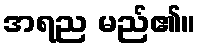
အရည မည်၏။